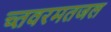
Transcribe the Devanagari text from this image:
च्तवरमतजल